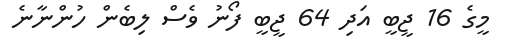
މީގެ 16 ޖީބީ އަދި 64 ޖީބީ ފޯނު ވެސް ލިބެން ހުންނާނެ